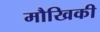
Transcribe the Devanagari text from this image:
मौखिकी